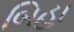
બિહા